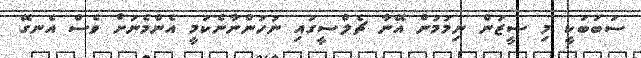
ސަބަބަކީ މި ސީޒަން ނިމުމުން އޭނާ ޗެލްސީގައި ނުހުންނާނެކަމީ އެންމެނަށް ވެސް އެނގޭ